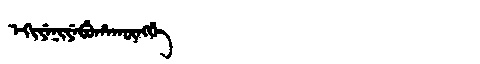
Manchu: ᡝᡴᡳᠶᡝᠨᡳᠶᡝᠪᡠᡥᠠᡴᡡᠩᡤᡝ
Romanization: EKIYENIYEBUHAKŪNGGE